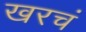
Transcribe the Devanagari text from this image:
खरचं